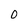
Character: 0